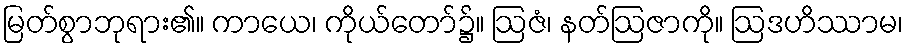
မြတ်စွာဘုရား၏။ ကာယေ၊ ကိုယ်တော်၌။ ဩဇံ၊ နတ်ဩဇာကို။ ဩဒဟိဿာမ၊